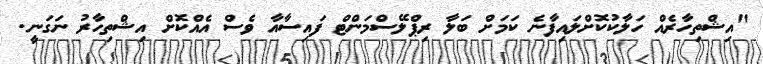
"އިޝްތިހާރެއް ހަލާކުކޮށްލައިފާނެ ކަމަށް ބަލާ ރިޕްލޭސްމަންޓް ފައިސާއާ ވެސް އެއްކޮށް އިޝްތިހާރު ނަގަނީ.